Vaccination North-Western Provinces 1866-1877 - 1866-1877
Year: 1866
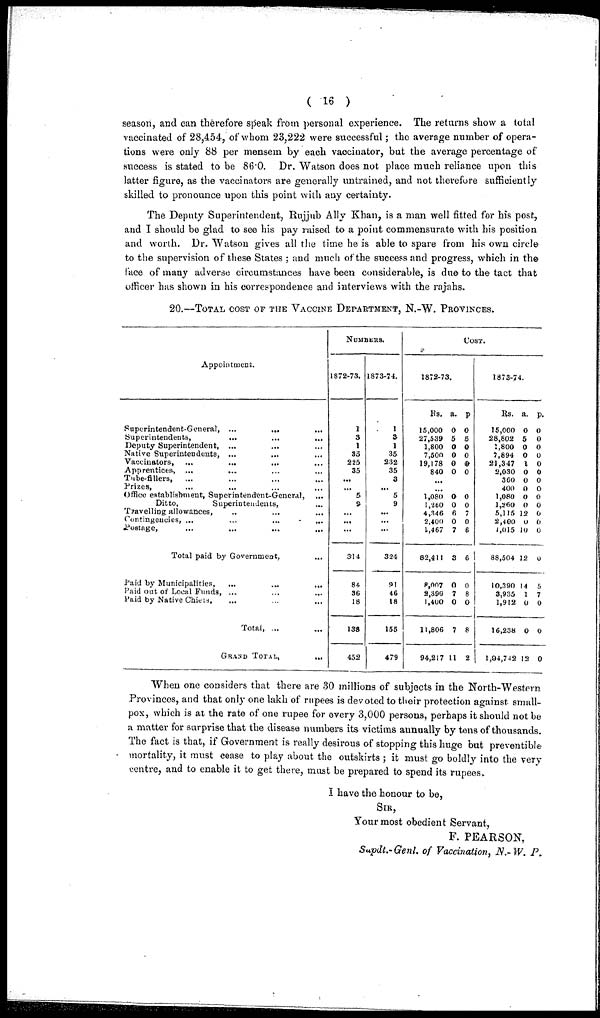
( 16 )
season, and can therefore speak from personal experience. The returns show a total
vaccinated of 28,454, of whom 23,222 were successful; the average number of opera-
tions were only 88 per mensem by each vaccinator, but the average percentage of
success is stated to be 86.0. Dr. Watson does not place much reliance upon this
latter figure, as the vaccinators are generally untrained, and not therefore sufficiently
skilled to pronounce upon this point with any certainty.
The Deputy Superintendent, Rujjub Ally Khan, is a man well fitted for his post,
and I should be glad to see his pay raised to a point commensurate with his position
and worth. Dr. Watson gives all the time he is able to spare from his own circle
to the supervision of these States ; and much of the success and progress, which in the
face of many adverse circumstances have been considerable, is due to the tact that
officer has shown in his correspondence and interviews with the rajahs.
20.—TOTAL COST OF THE VACCINE DEPARTMENT, N.-W. PROVINCES.
Appointment.
Superintendent-General, ...
...
...
Superintendents,
...
...
...
Deputy Superintendent,
...
...
...
Native Superintendents, ...
...
...
Vaccinators,
...
...
...
...
Apprentices,
...
...
...
...
Tube-fillers,
...
...
...
...
Prizes,
...
...
...
...
Office establishment, Superintendent-General,
...
Ditto,
Superintendents,
...
Travelling allowances,
...
...
...
Contingencies, ...
...
...
...
Postage,
...
...
... ... ...
Total paid by Government,
...
Paid by Municipalities, ... ... ...
Paid out of Local Funds, ...
...
...
Paid by Native Chiets,
...
...
...
Total, ...
...
GRAND TOTAL,
...
NUMBERS.
1872-73.
1
3
1
35
225
35
...
... 5
9
...
...
...
314
84
36
18
138
452
1873-74.
1
3
1
35
232
35
3
... 5
9
...
...
...
324
91
46
18
155
479
COST.
1872-73.
Rs.
15,000
27,539
1,800
7,500
19,178
840
a.
0
5
0
0
0
0
p
0
5
0
0
0
0
...
...
1,080
1,260
4,346
2,400
1,467
82,411
8,007
2,399
1,400
11,806
94,217
0
0
6
0
7
3
0
7
0
7
11
0
0
7
0
6
6
0
8
0
8
2
1873-74.
Rs.
15,000
28,802
1,800
7,894
21,347
2,030
360
400
1,080
1,260
5,115
2,400
1,015
88,504
10,390
3,935
1,912
16,238
1,04,742
a.
0
5
0
0
1
0
0
0
0
0
12
0
10
12
14
1
0
0
12
p.
0
0
0
0
0
0
0
0
0
0
0
0
0
0
5
7
0
0
0
When one considers that there are 30 millions of subjects in the North-Western
Provinces, and that only one lakh of rupees is devoted to their protection against small-
pox, which is at the rate of one rupee for every 3,000 persons, perhaps it should not be
a matter for surprise that the disease numbers its victims annually by tens of thousands.
The fact is that, if Government is really desirous of stopping this huge but preventible
mortality, it must cease to play about the outskirts ; it must go boldly into the very
centre, and to enable it to get there, must be prepared to spend its rupees.
I have the honour to be,
SIR,
Your most obedient Servant,
F. PEARSON,
Supdt.-Genl. of Vaccination, N.-W. P.